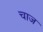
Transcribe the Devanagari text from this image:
चाज